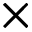
\times